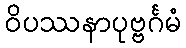
ဝိပဿနာပုဗ္ဗင်္ဂမံ